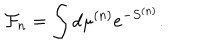
{ \cal F } _ { n } = \int d \mu ^ { ( n ) } e ^ { - S ^ { ( n ) } } .